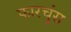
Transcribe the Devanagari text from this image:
फारचूंस